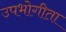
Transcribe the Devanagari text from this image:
उपभोगीता